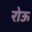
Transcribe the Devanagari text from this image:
रोऊ